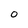
Character: o